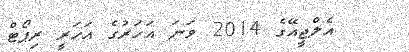
އެލްޖީއޭގެ 2014 ވަނަ އަހަރުގެ އަހަރީ ރިޕޯޓް